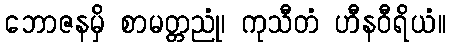
ဘောဇနမှိ စာမတ္တညုံ၊ ကုသီတံ ဟီနဝီရိယံ။